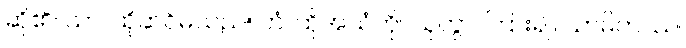
ဆို၏။ သာ၊ ထိုဆင်မသည်။ တံ၊ ထိုအသံကို။ သုတွာ၊ ကြား၍။ သာမိကဿ၊